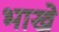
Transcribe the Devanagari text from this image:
भाखे